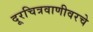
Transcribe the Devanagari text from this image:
दूरचित्रवाणीवरचे